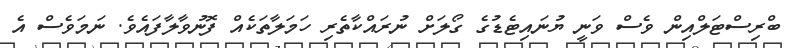
ބްރިސްޓަލްއިން ވެސް ވަނީ ޔުނައިޓެޑުގެ ގޯލަށް ނުރައްކާތެރި ހަމަލާތަކެއް ފޮނުވާލާފައެވެ. ނަމަވެސް އެ